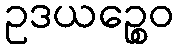
ဥဒယဉ္စေဝ